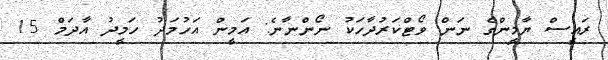
ރައީސް ޔާމީންގެ ނަން ވޯޓްކަރުދާހަކު ނޯންނާނެ: އަމީން އަހުމަދު ހަމީދު އާދަމް 15